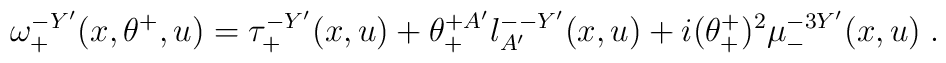
\omega^{-Y'}_+(x,\theta^+,u) = \tau^{-Y'}_+(x,u) + \theta^{+A'}_+l^{--Y'}_{A'}(x,u)+i(\theta^+_+)^2  \mu^{-3Y'}_{-}(x,u)\; .